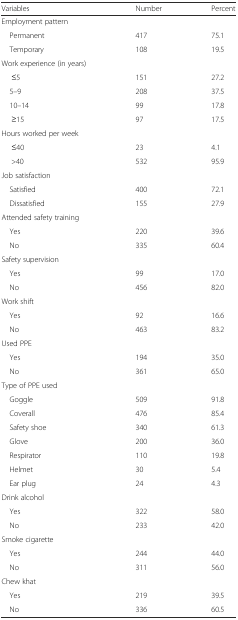
<table><thead><tr><td><b>Variables</b></td><td><b>Number</b></td><td><b>Percent</b></td></tr></thead><tbody><tr><td>Employment pattern</td><td></td><td></td></tr><tr><td> Permanent</td><td>417</td><td>75.1</td></tr><tr><td> Temporary</td><td>108</td><td>19.5</td></tr><tr><td>Work experience (in years)</td><td></td><td></td></tr><tr><td>≤5</td><td>151</td><td>27.2</td></tr><tr><td> 5–9</td><td>208</td><td>37.5</td></tr><tr><td> 10–14</td><td>99</td><td>17.8</td></tr><tr><td>≥15</td><td>97</td><td>17.5</td></tr><tr><td>Hours worked per week</td><td></td><td></td></tr><tr><td>≤40</td><td>23</td><td>4.1</td></tr><tr><td>&gt;40</td><td>532</td><td>95.9</td></tr><tr><td>Job satisfaction</td><td></td><td></td></tr><tr><td> Satisfied</td><td>400</td><td>72.1</td></tr><tr><td> Dissatisfied</td><td>155</td><td>27.9</td></tr><tr><td>Attended safety training</td><td></td><td></td></tr><tr><td> Yes</td><td>220</td><td>39.6</td></tr><tr><td> No</td><td>335</td><td>60.4</td></tr><tr><td>Safety supervision</td><td></td><td></td></tr><tr><td> Yes</td><td>99</td><td>17.0</td></tr><tr><td> No</td><td>456</td><td>82.0</td></tr><tr><td>Work shift</td><td></td><td></td></tr><tr><td> Yes</td><td>92</td><td>16.6</td></tr><tr><td> No</td><td>463</td><td>83.2</td></tr><tr><td>Used PPE</td><td></td><td></td></tr><tr><td> Yes</td><td>194</td><td>35.0</td></tr><tr><td> No</td><td>361</td><td>65.0</td></tr><tr><td>Type of PPE used</td><td></td><td></td></tr><tr><td> Goggle</td><td>509</td><td>91.8</td></tr><tr><td> Coverall</td><td>476</td><td>85.4</td></tr><tr><td> Safety shoe</td><td>340</td><td>61.3</td></tr><tr><td> Glove</td><td>200</td><td>36.0</td></tr><tr><td> Respirator</td><td>110</td><td>19.8</td></tr><tr><td> Helmet</td><td>30</td><td>5.4</td></tr><tr><td> Ear plug</td><td>24</td><td>4.3</td></tr><tr><td>Drink alcohol</td><td></td><td></td></tr><tr><td> Yes</td><td>322</td><td>58.0</td></tr><tr><td> No</td><td>233</td><td>42.0</td></tr><tr><td>Smoke cigarette</td><td></td><td></td></tr><tr><td> Yes</td><td>244</td><td>44.0</td></tr><tr><td> No</td><td>311</td><td>56.0</td></tr><tr><td>Chew khat</td><td></td><td></td></tr><tr><td> Yes</td><td>219</td><td>39.5</td></tr><tr><td> No</td><td>336</td><td>60.5</td></tr></tbody></table>